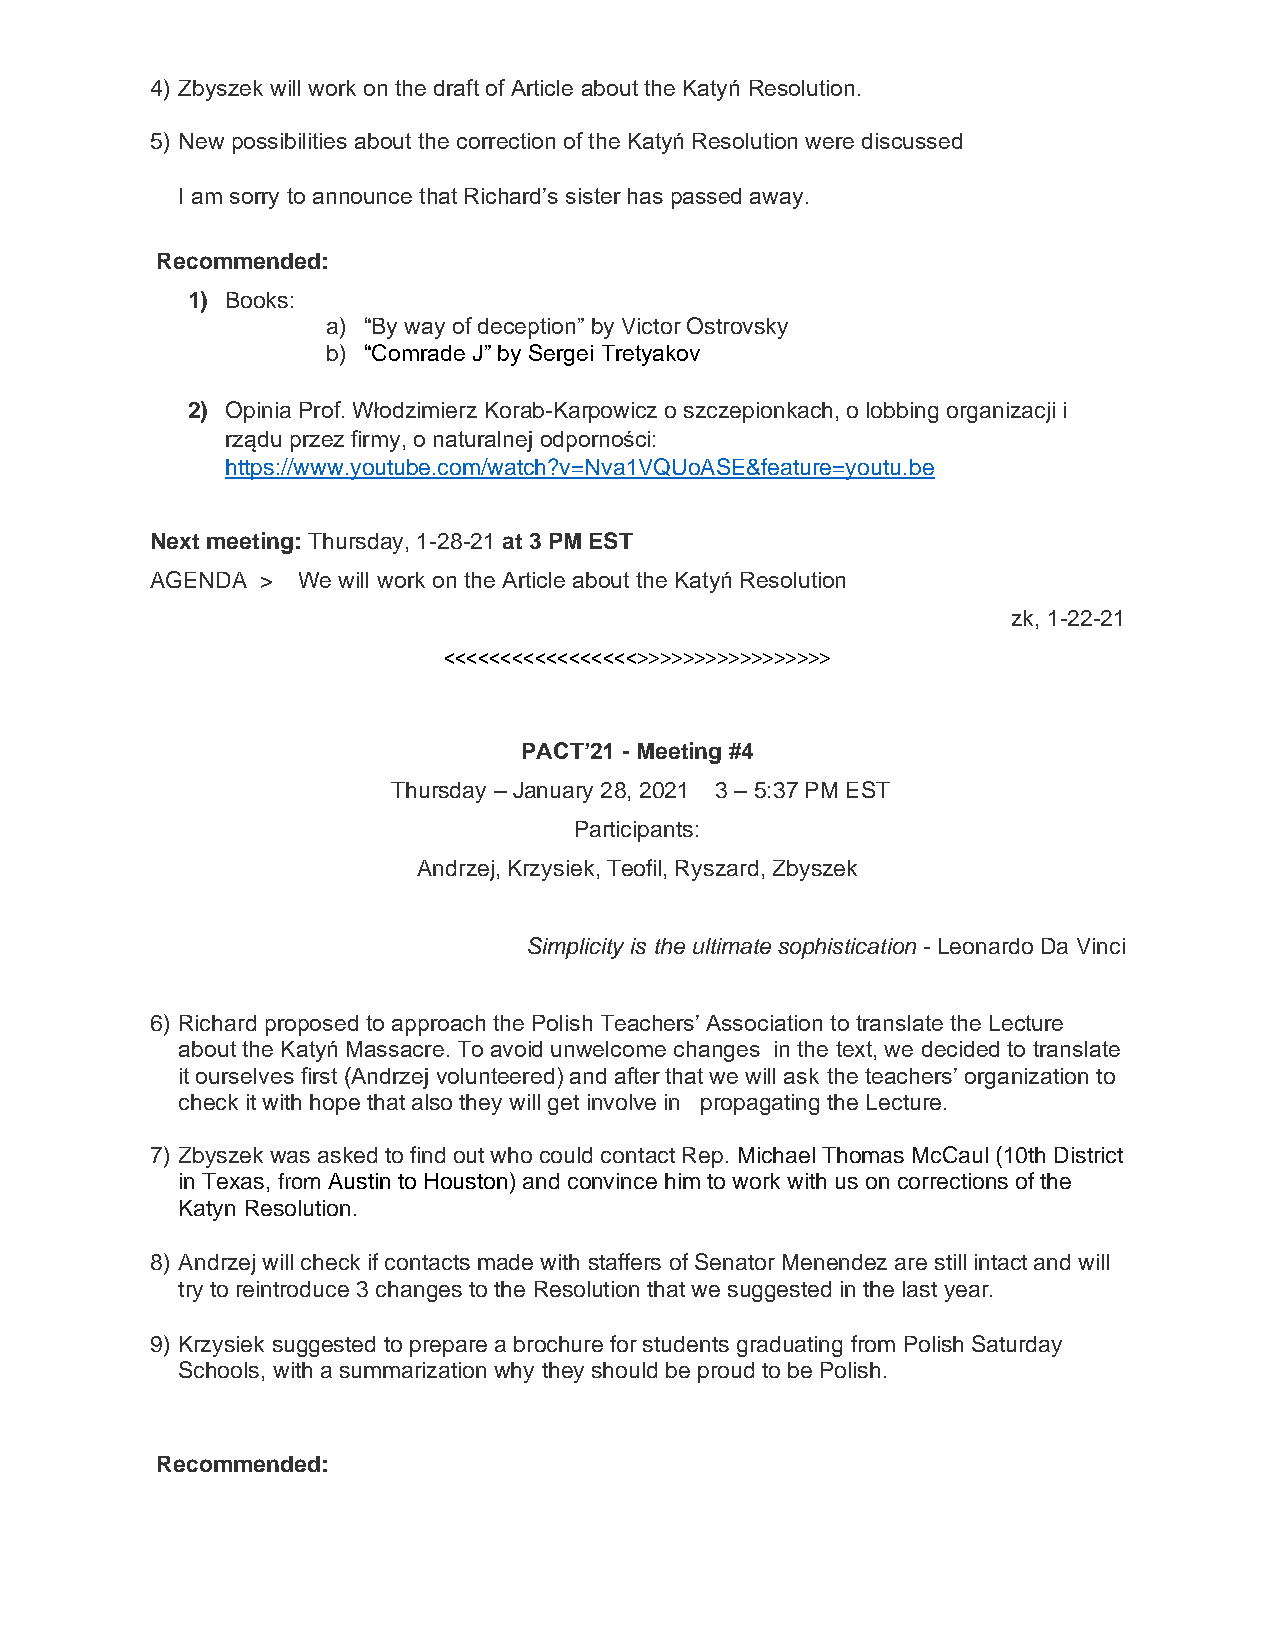
4) Zbyszek will work on the draft of Article about the Katyń Resolution.
 5) New possibilities about the correction of the Katyń Resolution were discussed
 I am sorry to announce that Richard’s sister has passed away.
 Recommended:
 1) Books:
 a) “By way of deception” by Victor Ostrovsky
 b) “Comrade J” by Sergei Tretyakov
 2) Opinia Prof. Włodzimierz Korab-Karpowicz o szczepionkach, o lobbing organizacji i
 rządu przez firmy, o naturalnej odporności:
 https://www.youtube.com/watch?v=Nva1VQUoASE&feature=youtu.be
 Next meeting: Thursday, 1-28-21 at 3 PM EST
 AGENDA >  We will work on the Article about the Katyń Resolution
 zk, 1-22-21
 <<<<<<<<<<<<<<<<<>>>>>>>>>>>>>>>>>
 PACT’21 - Meeting #4
 Thursday – January 28, 2021 3 – 5:37 PM EST
 Participants:
 Andrzej, Krzysiek, Teofil, Ryszard, Zbyszek
 Simplicity is the ultimate sophistication - Leonardo Da Vinci
 6) Richard proposed to approach the Polish Teachers’ Association to translate the Lecture
 about the Katyń Massacre. To avoid unwelcome changes in the text, we decided to translate
 it ourselves first (Andrzej volunteered) and after that we will ask the teachers’ organization to
 check it with hope that also they will get involve in propagating the Lecture.
 7) Zbyszek was asked to find out who could contact Rep. Michael Thomas McCaul (10th District
 in Texas, from Austin to Houston) and convince him to work with us on corrections of the
 Katyn Resolution.
 8) Andrzej will check if contacts made with staffers of Senator Menendez are still intact and will
 try to reintroduce 3 changes to the Resolution that we suggested in the last year.
 9) Krzysiek suggested to prepare a brochure for students graduating from Polish Saturday
 Schools, with a summarization why they should be proud to be Polish.
 Recommended: